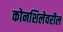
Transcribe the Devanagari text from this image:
कोनशिलेवरील